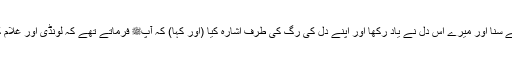
میری ان دونوں آنکھوں نے دیکھا اور ان دونوں کانوں نے سنا اور میرے اس دل نے یاد رکھا اور اپنے دل کی رگ کی طرف اشارہ کیا (اور کہا) کہ آپﷺ فرماتے تھے کہ لونڈی اور غلام کو کھلاؤ جو تم کھاتے ہو اور وہی پہناؤ جو تم پہنتے ہو۔